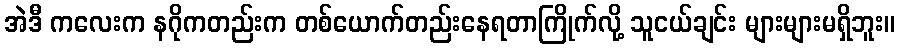
အဲဒီ ကလေးက နဂိုကတည်းက တစ်ယောက်တည်းနေရတာကြိုက်လို့ သူငယ်ချင်း များများမရှိဘူး။